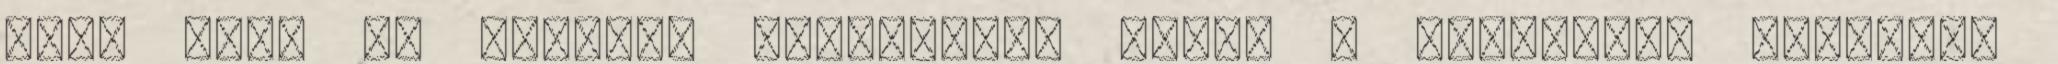
örök élet Ők Ábrahám gyermekei, akiké a gyermekké fogadás,